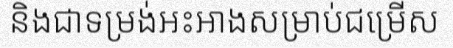
និងជាទម្រង់អះអាងសម្រាប់ជម្រើស